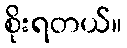
စိုးရတယ်။